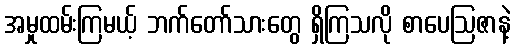
အမှုထမ်းကြမယ့် ဘက်တော်သားတွေ ရှိကြသလို စာပေဩဇာနဲ့